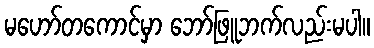
မဟော်တကောင်မှာ ဘော်ဖြူဘက်လည်းမပါ။